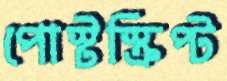
পোস্টস্ক্রিপ্ট